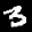
Label: 3